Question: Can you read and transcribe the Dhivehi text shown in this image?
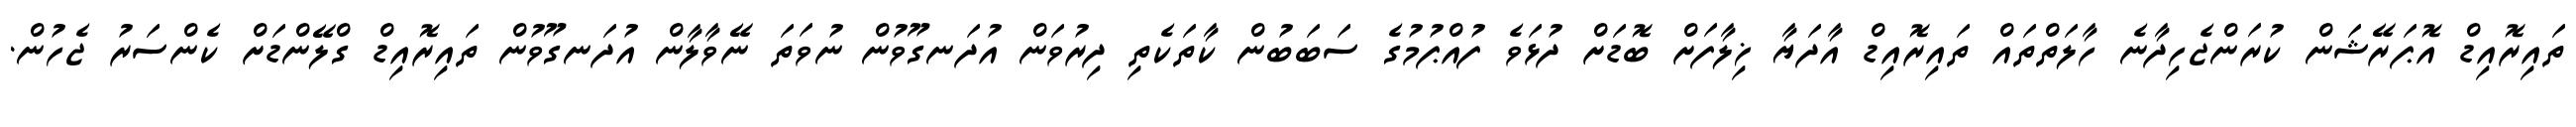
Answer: ތައިރޮއިޑް އޮޕަރޭޝަން ކުރަންޖެހިދާނެ ހާލަތްތައް ތައިރޮއިޑް އާދަޔާ ޚިލާފަށް ބޮޑަށް ދުޅަވެ ފުއްޕުމުގެ ސަބަބުން ކާތަކެތި ދިރުވަން އުދަނގޫވުން ނުވަތަ ނޭވާލާން އުދަނގޫވުން ތައިރޮއިޑް ގްލޭންޑަށް ކެންސަރު ޖެހުން.